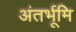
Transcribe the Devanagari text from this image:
अंतर्भूमि